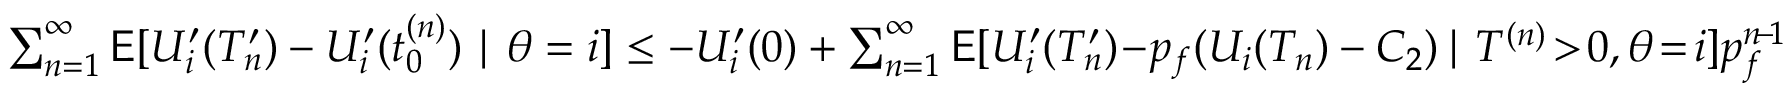
\begin{array} { r } { \sum _ { n = 1 } ^ { \infty } \mathsf { E } [ U _ { i } ^ { \prime } ( T _ { n } ^ { \prime } ) - U _ { i } ^ { \prime } ( t _ { 0 } ^ { ( n ) } ) \mid \theta = i ] \le - U _ { i } ^ { \prime } ( 0 ) + \sum _ { n = 1 } ^ { \infty } \mathsf { E } [ U _ { i } ^ { \prime } ( T _ { n } ^ { \prime } ) \! - \! p _ { f } ( U _ { i } ( T _ { n } ) - C _ { 2 } ) \! \mid T ^ { ( n ) } \! > \! 0 , \theta \! = \! i ] p _ { f } ^ { n \! - \! 1 } } \end{array}